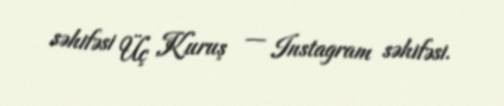
səhifəsi Üç Kuruş — Instagram səhifəsi.